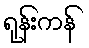
ရုန်းကန်